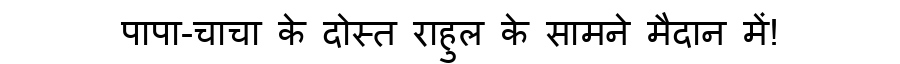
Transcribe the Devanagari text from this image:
पापा-चाचा के दोस्त राहुल के सामने मैदान में!